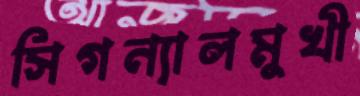
সিগন্যালমুখী